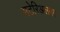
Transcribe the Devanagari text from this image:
मटेरिअलवर